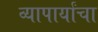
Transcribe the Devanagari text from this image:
व्यापार्यांचा